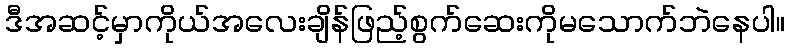
ဒီအဆင့်မှာကိုယ်အလေးချိန်ဖြည့်စွက်ဆေးကိုမသောက်ဘဲနေပါ။